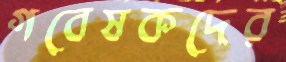
গবেষকদের